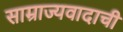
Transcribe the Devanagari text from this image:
साम्राज्यवादाची